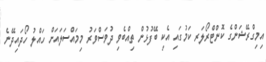
އިމިގްރޭޝަންގެ ކޮންޓްރޯލަރ ކަމުގައި އެކި ބޭފުޅުން ތިއްބެވި ދުވަސްވަރު މިމައްސަލައަށް ހައްލު ހޯދައިދޭނެ